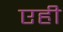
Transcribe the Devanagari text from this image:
एही